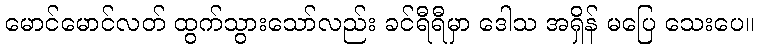
မောင်မောင်လတ် ထွက်သွားသော်လည်း ခင်ရီရီမှာ ဒေါသ အရှိန် မပြေ သေးပေ။